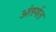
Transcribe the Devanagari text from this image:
अंतर्गत